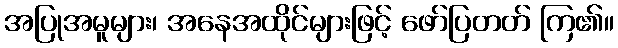
အပြုအမူများ၊ အနေအထိုင်များဖြင့် ဖော်ပြတတ် ကြ၏။